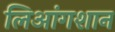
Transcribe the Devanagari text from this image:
लिआंगशान